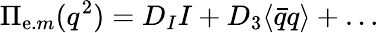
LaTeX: \Pi_{\mathrm{e}.m}(q^{2})=D_{I}I+D_{3}\langle\bar{{q}}q\rangle+\dots